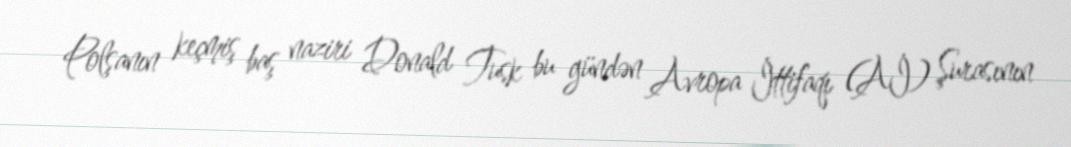
Polşanın keçmiş baş naziri Donald Tusk bu gündən Avropa İttifaqı (Aİ) Şurasının